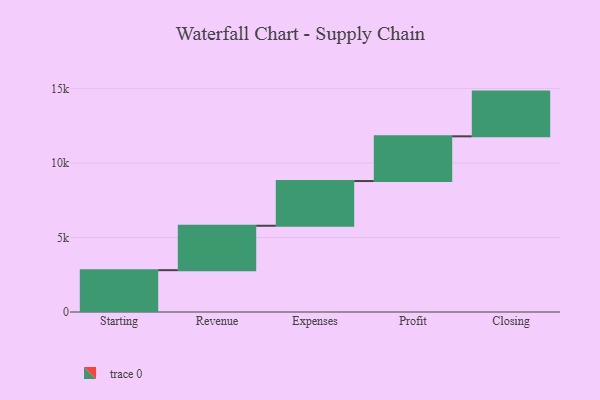
{"axis": {"x": "Step", "y": "Value"}, "legend": [""], "data": [{"x": "Starting", "y": 2806.0, "type": ""}, {"x": "Revenue", "y": 2980.0, "type": ""}, {"x": "Expenses", "y": 3000, "type": ""}, {"x": "Profit", "y": 3000, "type": ""}, {"x": "Closing", "y": 3000, "type": ""}]}